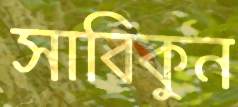
সাবিকুন